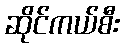
ဆိုင်ကယ်စီး